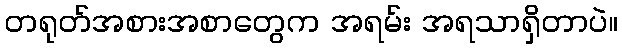
တရုတ်အစားအစာတွေက အရမ်း အရသာရှိတာပဲ။